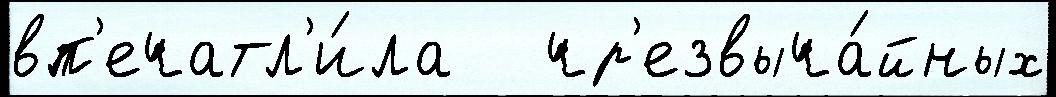
вп'ечатл'и́ла   чр'езвыча́йных